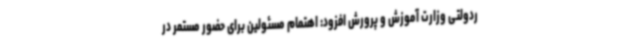
ردولتی وزارت آموزش و پرورش افزود: اهتمام مسئولین برای حضور مستمر در